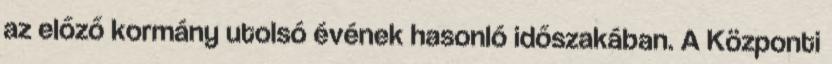
az előző kormány utolsó évének hasonló időszakában. A Központi